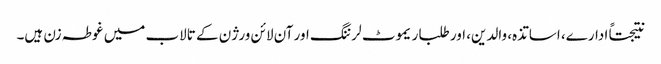
نتیجتاً ادارے، اساتذہ، والدین، اور طلبا ریموٹ لرننگ اور آن لائن ورژن کے تالاب میں غوطہ زن ہیں۔